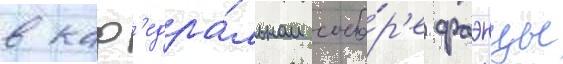
в каф'едра́льном собо́р'е фаэнцы